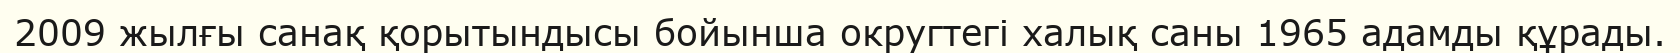
2009 жылғы санақ қорытындысы бойынша округтегі халық саны 1965 адамды құрады.